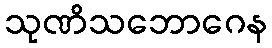
သုဏိသဘောဂေန